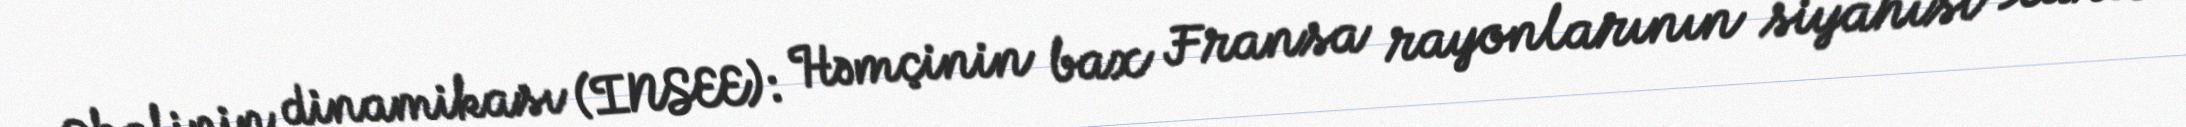
Əhalinin dinamikası (INSEE): Həmçinin bax Fransa rayonlarının siyahısı Xarici